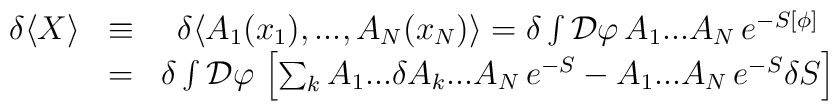
\begin{array}{ccc}\delta \langle X\rangle  & \equiv  & \delta \langle A_{1}(x_{1}),...,A_{N}(x_{N})\rangle =\delta \int {\cal D}\varphi \, A_{1}...A_{N}\, e^{-S[\phi ]}\\ & = & \delta \int {\cal D}\varphi \, \left[ \sum _{k}A_{1}...\delta A_{k}...A_{N}\, e^{-S}-A_{1}...A_{N}\, e^{-S}\delta S\right] \end{array}